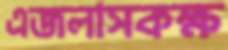
এজলাসকক্ষ